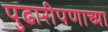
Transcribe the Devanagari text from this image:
पुढारीपणाच्या